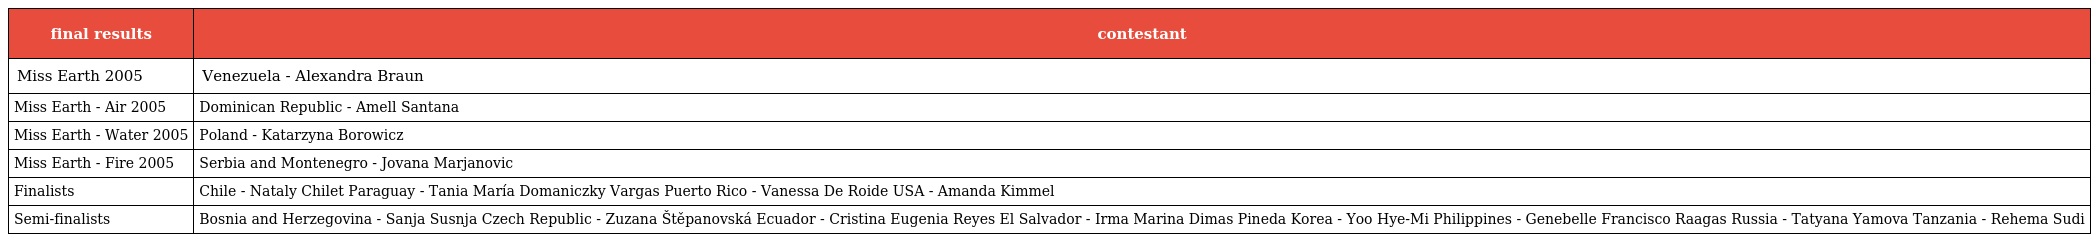
| final results | contestant |
 | --- | --- |
 | Miss Earth 2005 | Venezuela - Alexandra Braun |
 | Miss Earth - Air 2005 | Dominican Republic - Amell Santana |
 | Miss Earth - Water 2005 | Poland - Katarzyna Borowicz |
 | Miss Earth - Fire 2005 | Serbia and Montenegro - Jovana Marjanovic |
 | Finalists | Chile - Nataly Chilet Paraguay - Tania María Domaniczky Vargas Puerto Rico - Vanessa De Roide USA - Amanda Kimmel |
 | Semi-finalists | Bosnia and Herzegovina - Sanja Susnja Czech Republic - Zuzana Štěpanovská Ecuador - Cristina Eugenia Reyes El Salvador - Irma Marina Dimas Pineda Korea - Yoo Hye-Mi Philippines - Genebelle Francisco Raagas Russia - Tatyana Yamova Tanzania - Rehema Sudi |